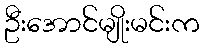
ဦးအောင်မျိုးမင်းက